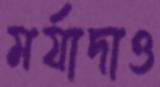
মর্যাদাও